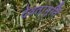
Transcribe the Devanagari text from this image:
देवतामूर्ति